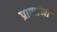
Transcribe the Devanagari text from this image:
प्राणांनी